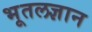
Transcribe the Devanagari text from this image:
भूतलज्ञान